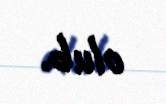
olub.